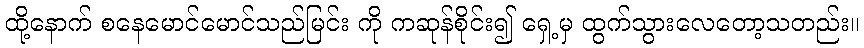
ထို့နောက် စနေမောင်မောင်သည်မြင်း ကို ကဆုန်စိုင်း၍ ရှေ့မှ ထွက်သွားလေတော့သတည်း။